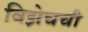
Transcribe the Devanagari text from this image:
विझेचची